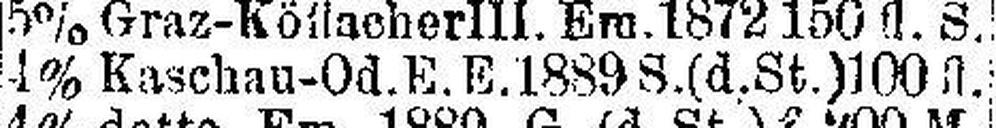
4% Kaschau-Od. E. E. 1889 S. (d.St.) 100 fl.